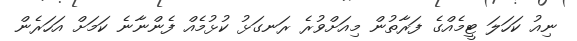
ނިއު ކަހަލަ ޓީމެއްގެ ފަރާތުން މިއަށްވުރެ ރަނގަޅު ކުޅުމެއް ފެންނާނެ ކަމަށް އަހަރެން